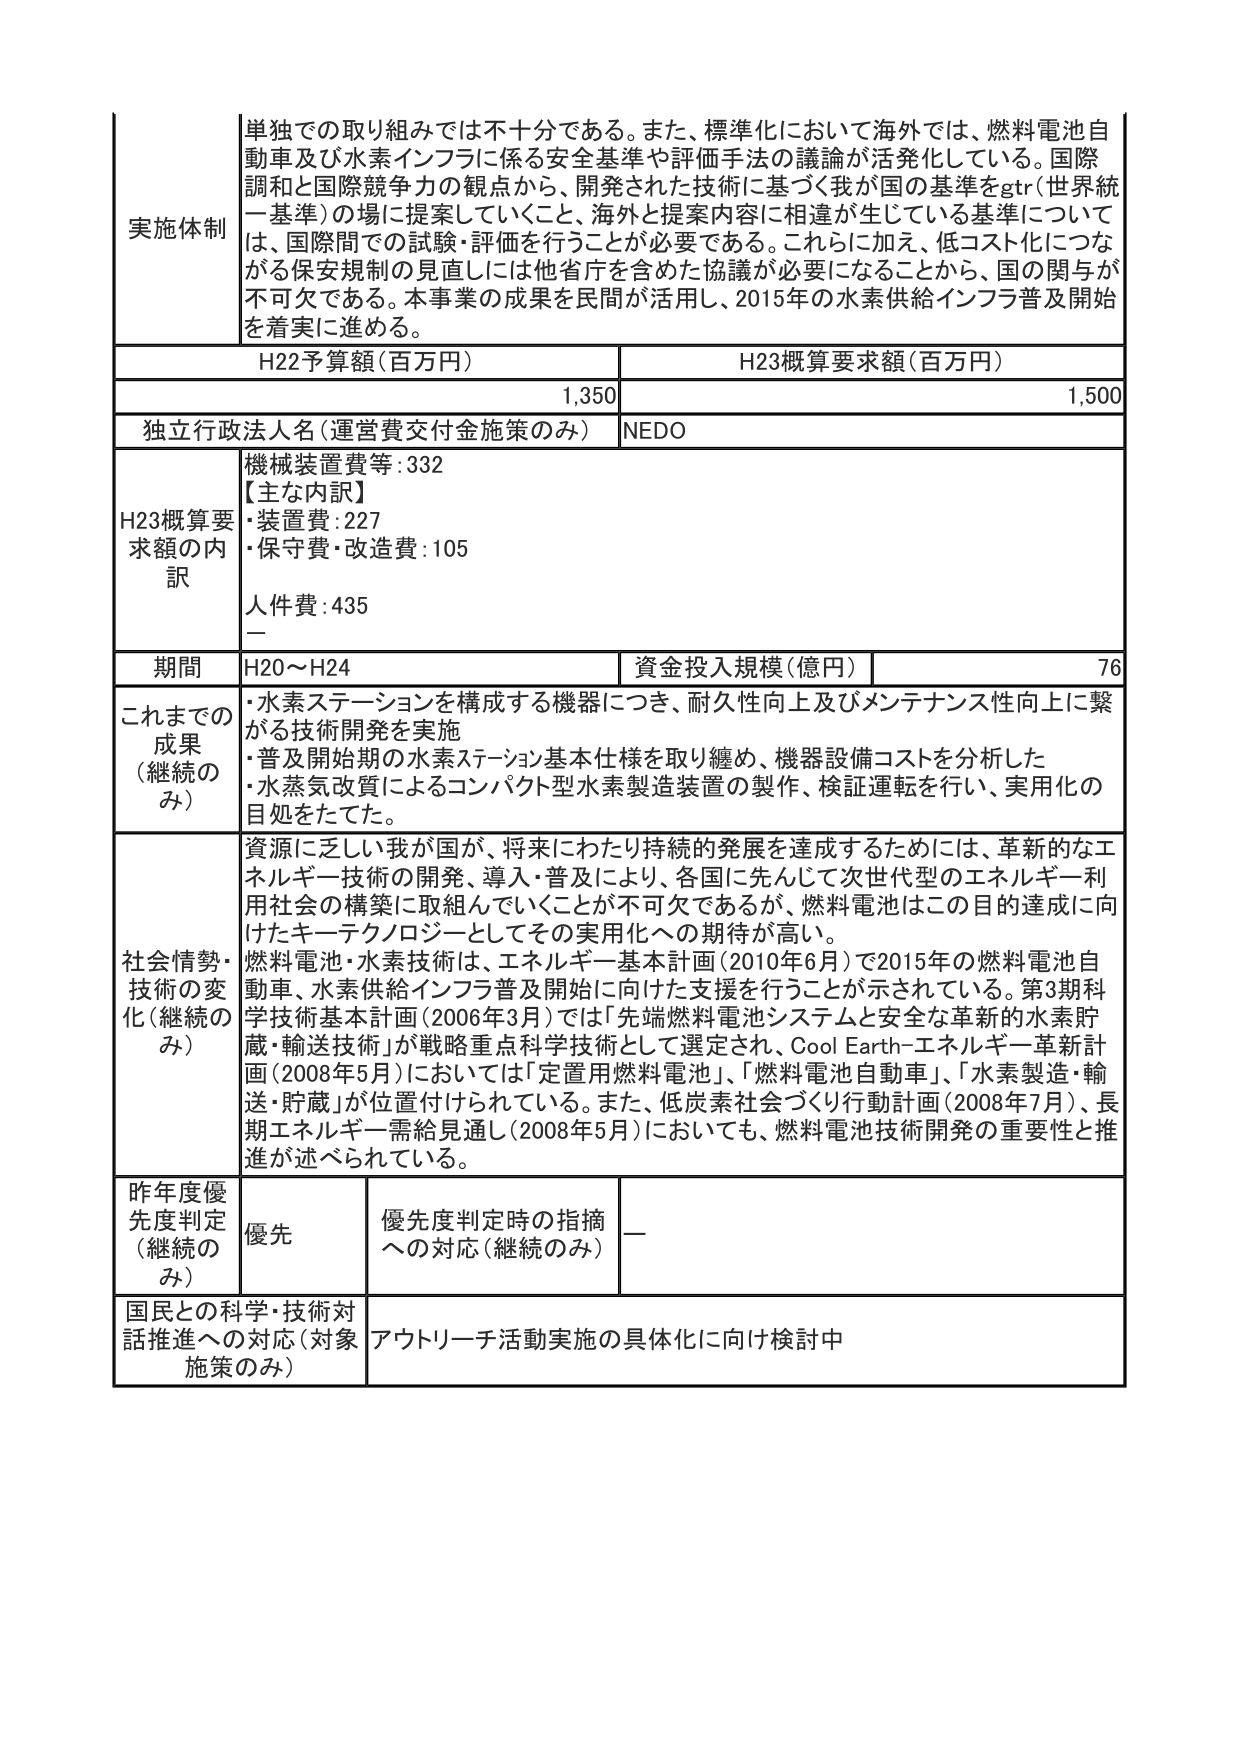
実施体制
単独での取り組みでは不十分である。また、標準化において海外では、燃料電池自動車及び水素インフラに係る安全基準や評価手法の議論が活発化している。国際調和と国際競争力の観点から、開発された技術に基づく我が国の基準をgtr（世界統一基準）の場に提案していくこと、海外と提案内容に相違が生じている基準については、国際間での試験・評価を行うことが必要である。これらに加え、低コスト化につながる保安規制の見直しには他省庁を含めた協議が必要になることから、国の関与が不可欠である。本事業の成果を民間が活用し、2015年の水素供給インフラ普及開始を着実に進める。

H22予算額（百万円）	H23概算要求額（百万円）
1,350	1,500

独立行政法人名（運営費交付金施策のみ）	NEDO

H23概算要求額の内訳
機械装置費等：332
【主な内訳】
・装置費：227
・保守費・改造費：105
人件費：435
—

期間	H20～H24	資金投入規模（億円）	76

これまでの成果（継続のみ）
・水素ステーションを構成する機器につき、耐久性向上及びメンテナンス性向上に繋がる技術開発を実施
・普及開始期の水素ステーション基本仕様を取り纏め、機器設備コストを分析した
・水蒸気改質によるコンパクト型水素製造装置の製作、検証運転を行い、実用化の目処をたてた。

社会情勢・技術の変化（継続のみ）
資源に乏しい我が国が、将来にわたり持続的発展を達成するためには、革新的なエネルギー技術の開発、導入・普及により、各国に先んじて次世代型のエネルギー利用社会の構築に取組んでいくことが不可欠であるが、燃料電池はこの目的達成に向けたキーテクノロジーとしてその実用化への期待が高い。
燃料電池・水素技術は、エネルギー基本計画（2010年6月）で2015年の燃料電池自動車、水素供給インフラ普及開始に向けた支援を行うことが示されている。第3期科学技術基本計画（2006年3月）では「先端燃料電池システムと安全な革新的水素貯蔵・輸送技術」が戦略重点科学技術として選定され、Cool Earth-エネルギー革新計画（2008年5月）においては「定置用燃料電池」、「燃料電池自動車」、「水素製造・輸送・貯蔵」が位置付けられている。また、低炭素社会づくり行動計画（2008年7月）、長期エネルギー需給見通し（2008年5月）においても、燃料電池技術開発の重要性と推進が述べられている。

昨年度優先度判定（継続のみ）	優先	優先度判定時の指摘への対応（継続のみ）	—

国民との科学・技術対話推進への対応（対象施策のみ）	アウトリーチ活動実施の具体化に向け検討中